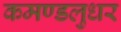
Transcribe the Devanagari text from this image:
कमण्डलुधर